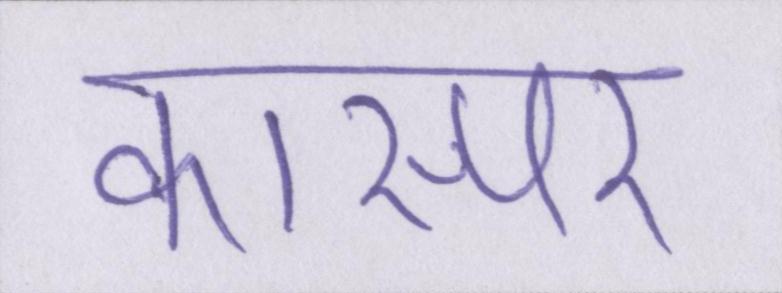
कास्पर